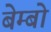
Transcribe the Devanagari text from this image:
बेम्बो